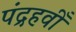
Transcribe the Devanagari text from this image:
पंद्रहवीँ